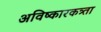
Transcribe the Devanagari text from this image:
अविष्कारकत्र्ता